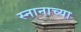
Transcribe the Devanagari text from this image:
स्नानाच्या